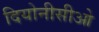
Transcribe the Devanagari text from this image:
दियोनीसीओ